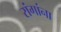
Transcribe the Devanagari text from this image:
रांगांना